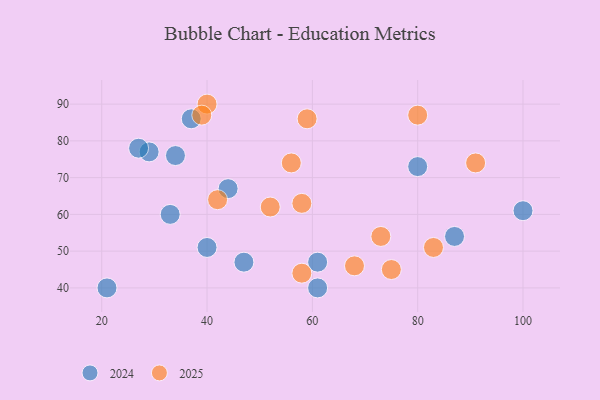
{"axis": {"x": "GDP", "y": "Life Expectancy"}, "legend": ["2024", "2025"], "data": [{"x": "37", "y": 86, "type": "2024"}, {"x": "21", "y": 40, "type": "2024"}, {"x": "40", "y": 51, "type": "2024"}, {"x": "87", "y": 54, "type": "2024"}, {"x": "29", "y": 77, "type": "2024"}, {"x": "61", "y": 47, "type": "2024"}, {"x": "47", "y": 47, "type": "2024"}, {"x": "80", "y": 73, "type": "2024"}, {"x": "44", "y": 67, "type": "2024"}, {"x": "33", "y": 60, "type": "2024"}, {"x": "34", "y": 76, "type": "2024"}, {"x": "61", "y": 40, "type": "2024"}, {"x": "27", "y": 78, "type": "2024"}, {"x": "100", "y": 61, "type": "2024"}, {"x": "73", "y": 54, "type": "2025"}, {"x": "58", "y": 44, "type": "2025"}, {"x": "52", "y": 62, "type": "2025"}, {"x": "40", "y": 90, "type": "2025"}, {"x": "58", "y": 63, "type": "2025"}, {"x": "83", "y": 51, "type": "2025"}, {"x": "68", "y": 46, "type": "2025"}, {"x": "80", "y": 87, "type": "2025"}, {"x": "56", "y": 74, "type": "2025"}, {"x": "75", "y": 45, "type": "2025"}, {"x": "59", "y": 86, "type": "2025"}, {"x": "91", "y": 74, "type": "2025"}, {"x": "39", "y": 87, "type": "2025"}, {"x": "42", "y": 64, "type": "2025"}]}